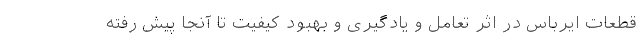
قطعات ایرباس در اثر تعامل و یادگیری و بهبود کیفیت تا آنجا پیش رفته